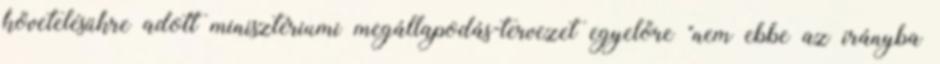
követelésükre adott minisztériumi megállapodás-tervezet egyelőre "nem ebbe az irányba